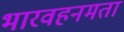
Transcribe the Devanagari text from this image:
भारवहनमता